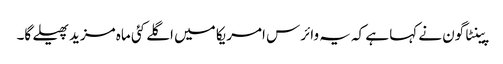
پینٹاگون نے کہا ہے کہ یہ وائرس امریکا میں اگلے کئی ماہ مزید پھیلے گا۔